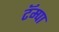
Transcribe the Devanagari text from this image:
टॅम्पा